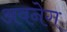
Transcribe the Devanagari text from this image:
अवनेग